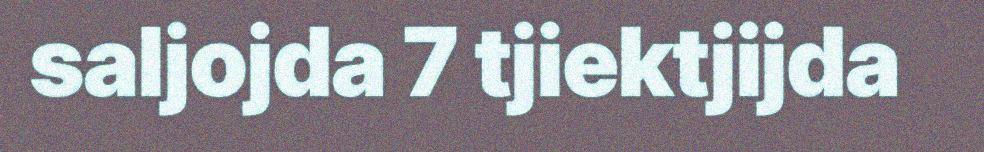
saljojda 7 tjiektjijda